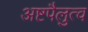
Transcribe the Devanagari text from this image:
अष्टपैलुत्व